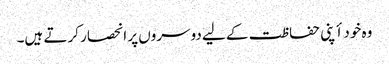
وہ خود أپنی حفاظت کے لیے دوسروں پر انحصار کرتے ہیں۔